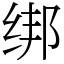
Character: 绑